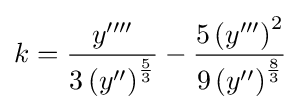
k={\frac {y''''}{3\left(y''\right)^{\frac {5}{3}}}}-{\frac {5\left(y'''\right)^{2}}{9\left(y''\right)^{\frac {8}{3}}}}